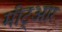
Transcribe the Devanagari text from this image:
मीट्आर